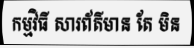
កម្មវិធី សារព័ត៌មាន តែ មិន